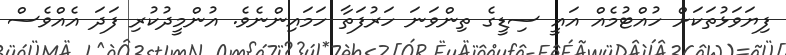
ފިޔަވަޅުތަކަށް ހުއްޓުމެއް އައީ ސިޑީގެ ތިންވަނަ ހަރުފަތާ ހަމައިންނެވެ. އުންމީދުކުރި ފަދަ އެއްވެސް